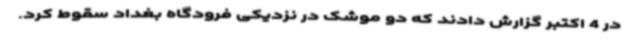
در 4 اکتبر گزارش دادند که دو موشک در نزدیکی فرودگاه بغداد سقوط کرد.